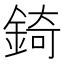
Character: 錡